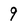
Character: 9